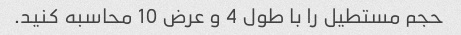
حجم مستطیل را با طول 4 و عرض 10 محاسبه کنید.